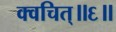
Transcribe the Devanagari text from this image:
क्वचित्॥६॥